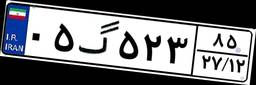
۰۵گ۵۲۳۸۵